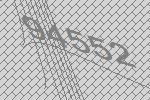
94552